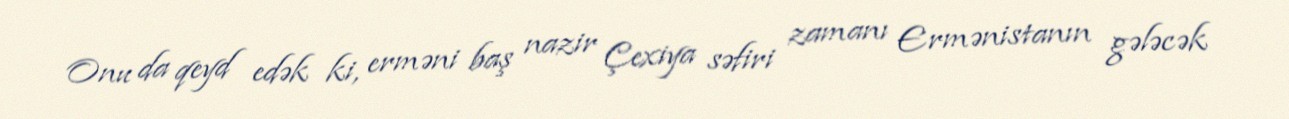
Onu da qeyd edək ki, erməni baş nazir Çexiya səfiri zamanı Ermənistanın gələcək